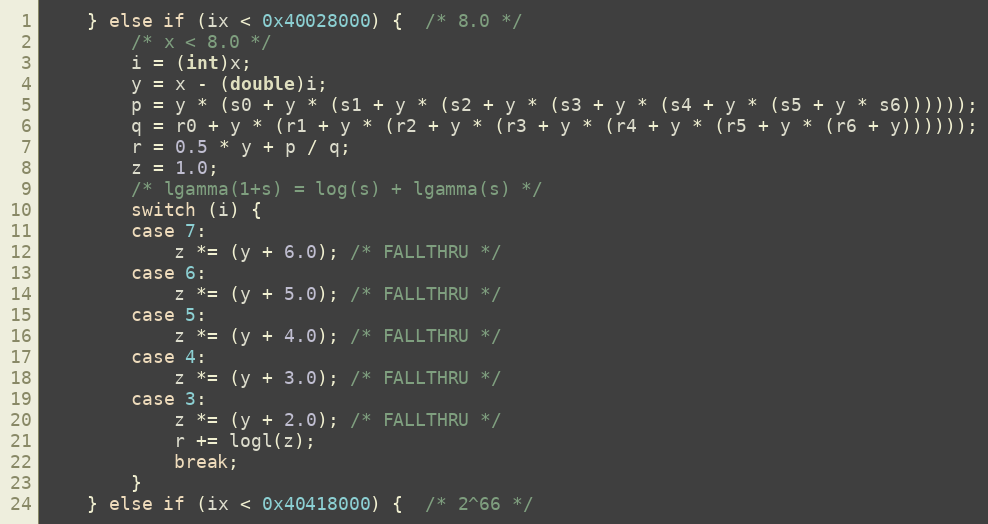
Language: C
	} else if (ix < 0x40028000) {  /* 8.0 */
		/* x < 8.0 */
		i = (int)x;
		y = x - (double)i;
		p = y * (s0 + y * (s1 + y * (s2 + y * (s3 + y * (s4 + y * (s5 + y * s6))))));
		q = r0 + y * (r1 + y * (r2 + y * (r3 + y * (r4 + y * (r5 + y * (r6 + y))))));
		r = 0.5 * y + p / q;
		z = 1.0;
		/* lgamma(1+s) = log(s) + lgamma(s) */
		switch (i) {
		case 7:
			z *= (y + 6.0); /* FALLTHRU */
		case 6:
			z *= (y + 5.0); /* FALLTHRU */
		case 5:
			z *= (y + 4.0); /* FALLTHRU */
		case 4:
			z *= (y + 3.0); /* FALLTHRU */
		case 3:
			z *= (y + 2.0); /* FALLTHRU */
			r += logl(z);
			break;
		}
	} else if (ix < 0x40418000) {  /* 2^66 */